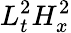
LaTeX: L_{t}^{2}H_{x}^{2}